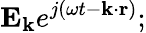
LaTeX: \mathbf{E_{k}}e^{j(\omega t-\mathbf{k\cdot r})};